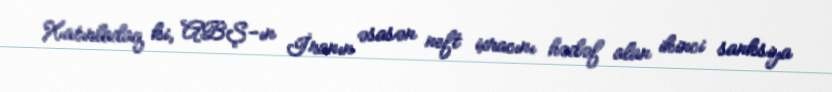
Xatırladaq ki, ABŞ-ın İranın əsasən neft ixracını hədəf alan ikinci sanksiya